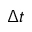
\Delta t